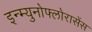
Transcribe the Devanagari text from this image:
इन्म्युनोफ्लोरासेंस